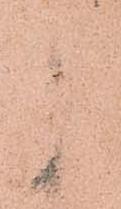
中